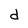
Character: d